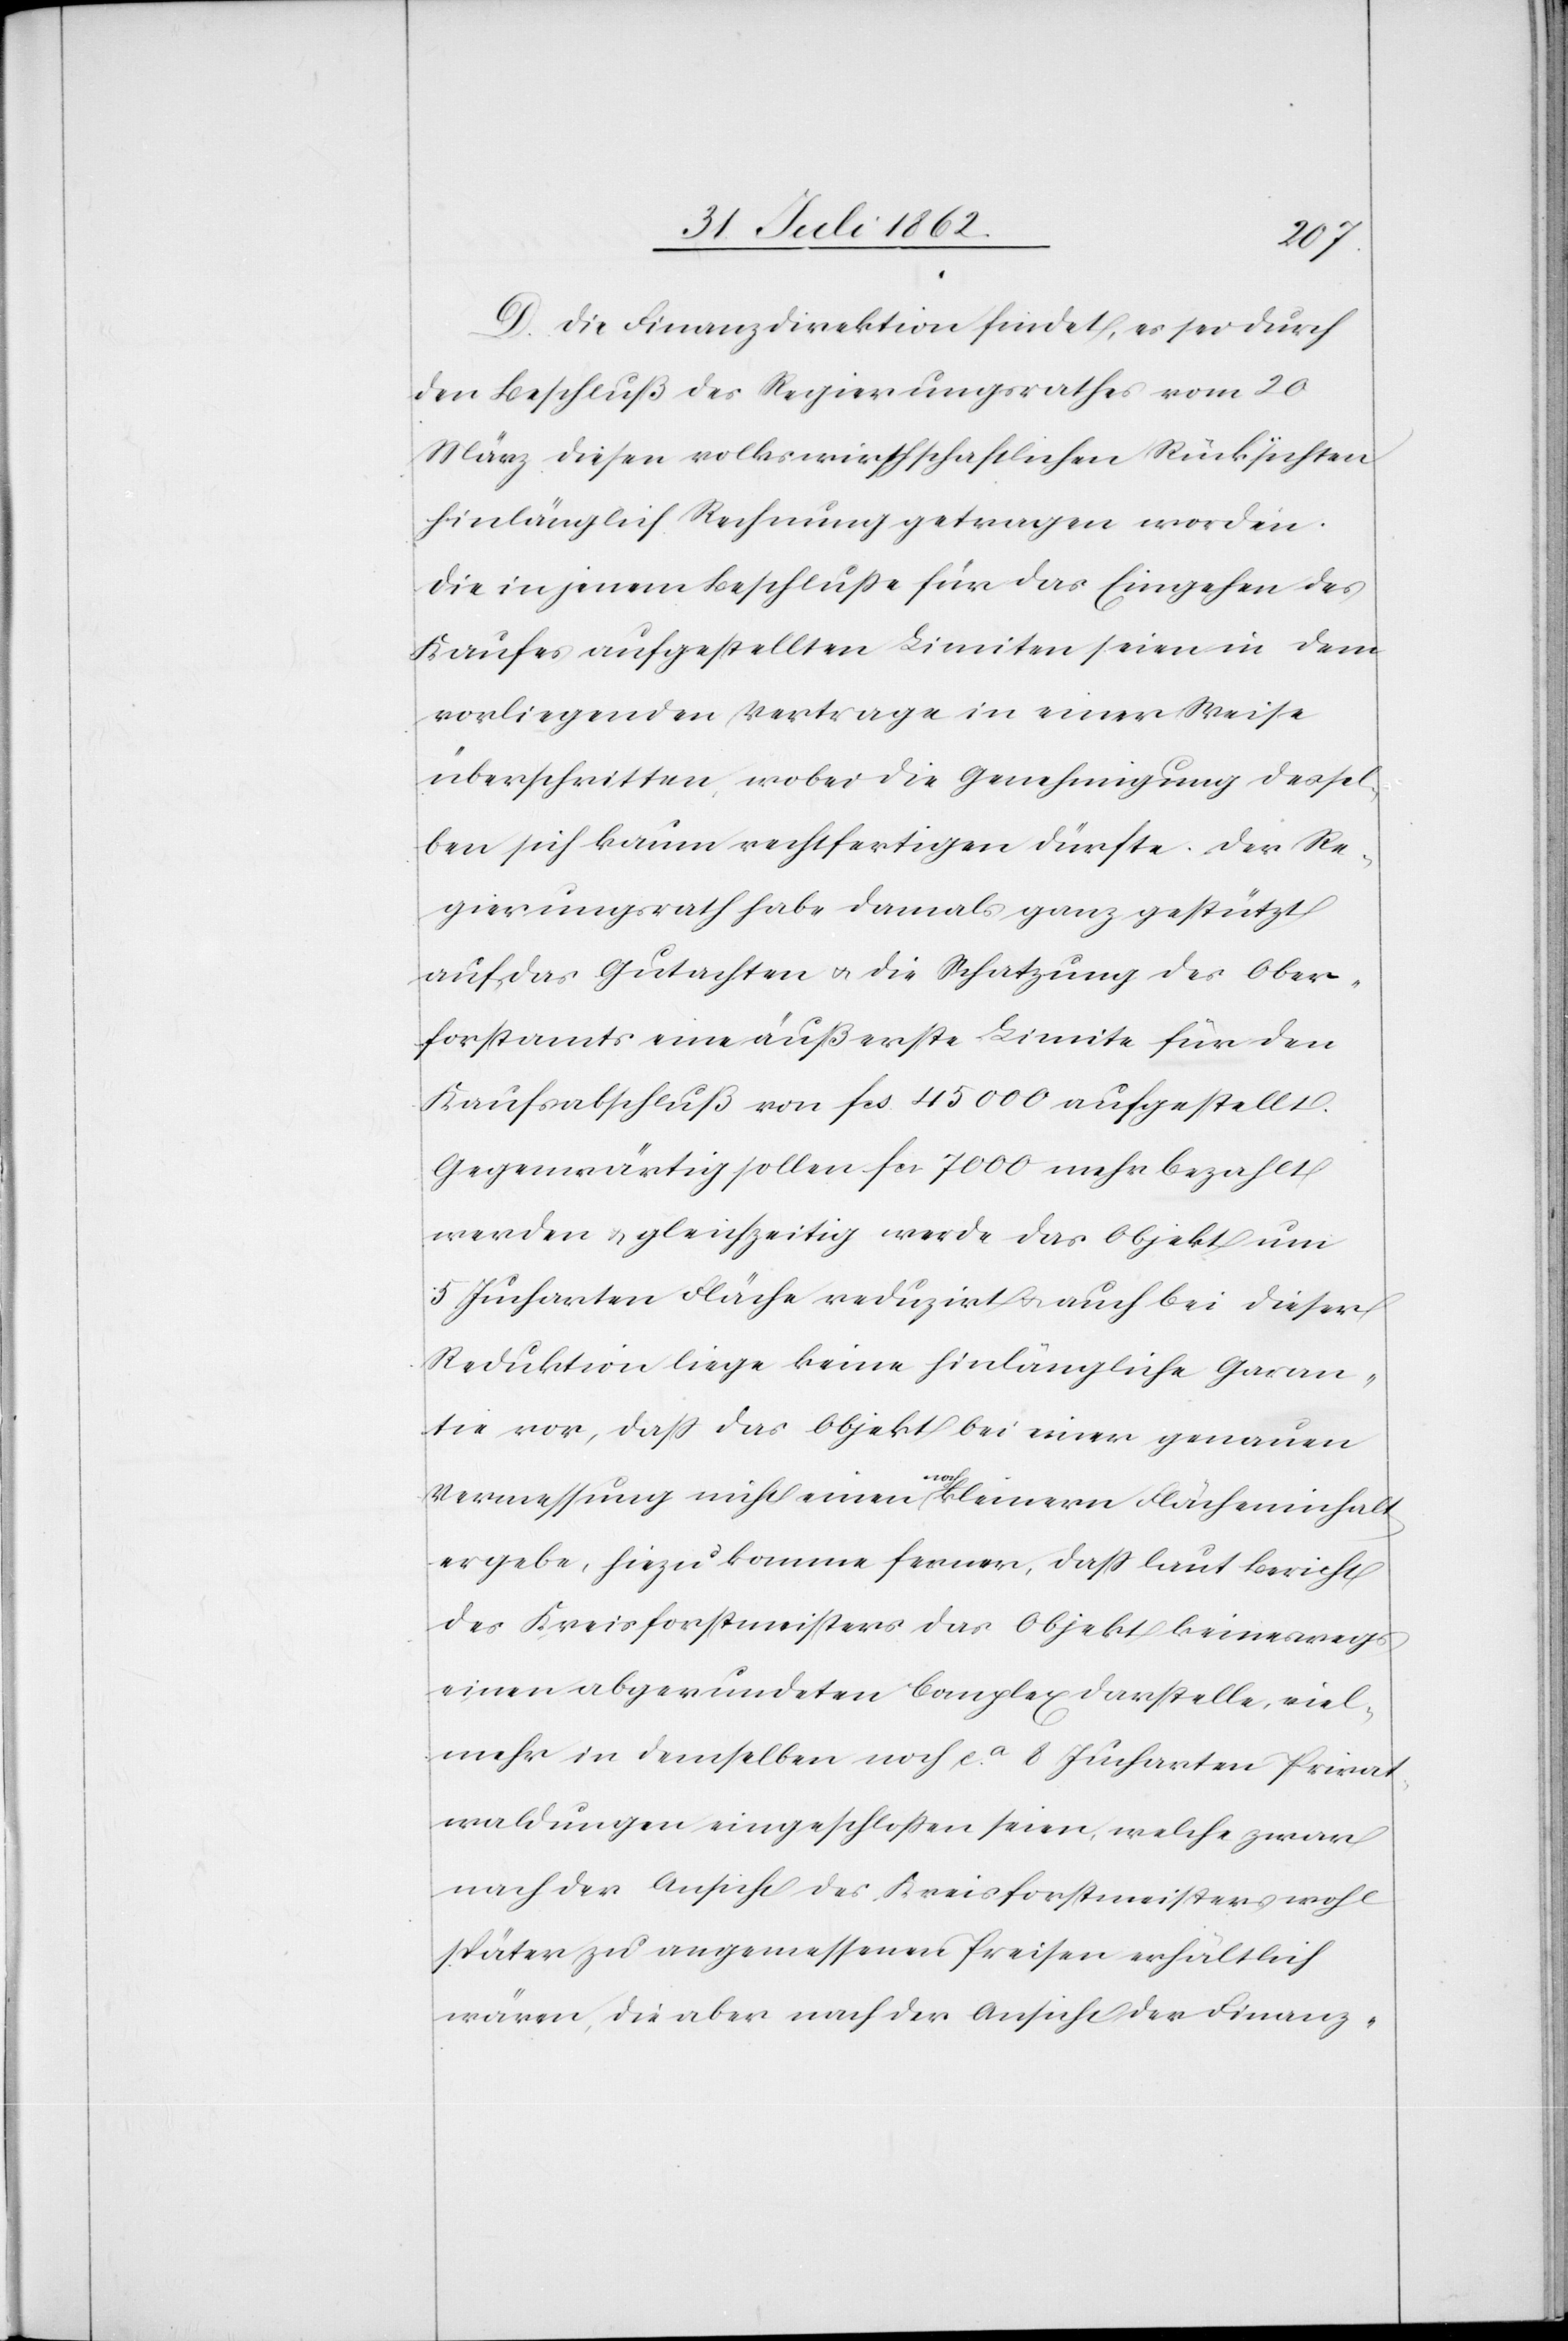
D. Die Finanzdirektion findet, es sei durch
den Beschluß des Regierungsrathes vom 20.
März diesen volkswirthschaftlichen Rücksichten
hinlänglich Rechnung getragen worden.
Die in jenem Beschlusse für das Eingehen des
Kaufes aufgestellten Limiten seien in dem
vorliegenden Vertrage in einer Weise
überschritten, wobei die Genehmigung dessel¬
ben sich kaum rechtfertigen dürfte. Der Re¬
gierungsrath habe damals ganz gestützt
auf das Gutachten u. die Schatzung des Ober¬
forstamts eine äußerste Limite für den
Kaufsabschluß von fcs. 45 000 aufgestellt.
Gegenwärtig sollen fcs. 7000 mehr bezahlt
werden u. gleichzeitig werde das Objekt um
5 Jucharten Fläche reduzirt u. auch bei dieser
Reduktion liege keine hinlängliche Garan¬
tie vor, daß das Objekt bei einer genauen
Vermessung nicht einen noch kleinern Flächeninhalt
ergebe, hiezu komme ferner, daß laut Bericht
des Kreisforstmeisters das Objekt keineswegs
einen abgerundeten Complex darstelle, viel¬
mehr in demselben noch ca 8 Jucharten Privat¬
waldungen eingeschlossen seien, welche zwar
nach der Ansicht des Kreisforstmeisters wohl
später zu angemessenen Preisen erhältlich
wären, die aber nach der Ansicht der Finanz-